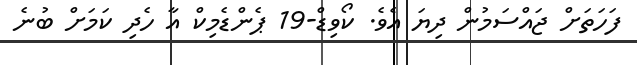
ފަހަތަށް ޖައްސަމުން ދިޔަ އެވެ. ކޯވިޑް-19 ޕެންޑެމިކް އާ ހެދި ކަމަށް ބުނެ